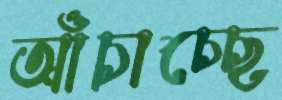
আঁচাচ্ছে